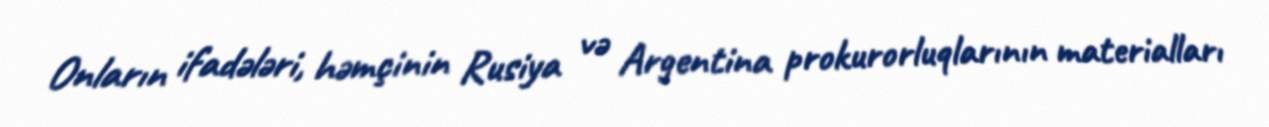
Onların ifadələri, həmçinin Rusiya və Argentina prokurorluqlarının materialları